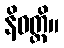
နိဝတ္တိ။